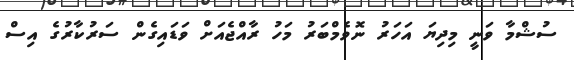
ސުޝްމާ ވަނީ މިދިޔަ އަހަރު ނޮވެމްބަރު މަހު ރާއްޖެއަށް ވަޑައިގެން ސަރުކާރުގެ އިސް